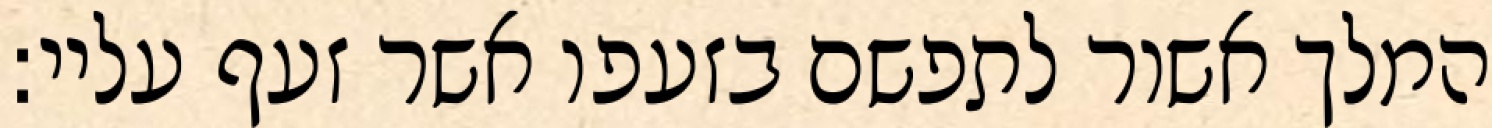
המלך אשור לתפשם בזעפו אשר זעף עליי: